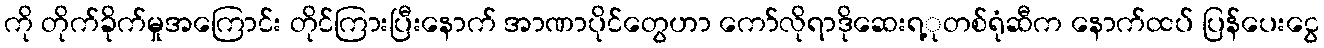
ကို တိုက်ခိုက်မှုအကြောင်း တိုင်ကြားပြီးနောက် အာဏာပိုင်တွေဟာ ကော်လိုရာဒိုဆေးရ့ုတစ်ရုံဆီက နောက်ထပ် ပြန်ပေးငွေ